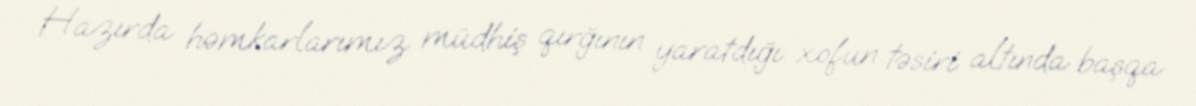
Hazırda həmkarlarımız müdhiş qırğının yaratdığı xofun təsiri altında başqa